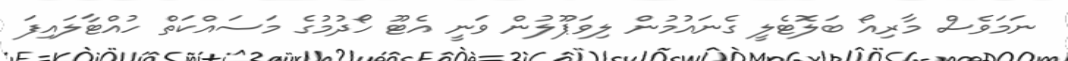
ނަމަވެސް މާރިއޯ ބަލޮޓެލީ ގެނައުމުން ލިވަޕޫލުން ވަނީ އެޓޫ ހޯދުމުގެ މަސައްކަތް ހުއްޓާލައިފަ